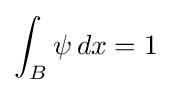
\int _{B}\psi \,dx=1